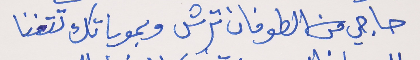
حاجي من الطوفان ترش     وبموياتك تتغنا